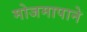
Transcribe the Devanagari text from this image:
मोजमापाने